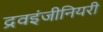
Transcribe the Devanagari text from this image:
द्रवइंजीनियरी